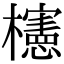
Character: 櫶